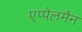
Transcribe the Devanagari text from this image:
एप्पेलमैन